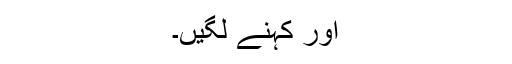
اور کہنے لگیں۔